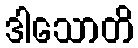
ဒါသောတိ